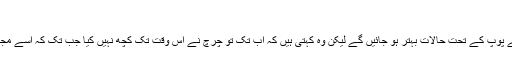
‘‘
انہیں امید ہے کہ نئے پوپ کے تحت حالات بہتر ہو جائیں گے لیکن وہ کہتی ہیں کہ اب تک تو چرچ نے اس وقت تک کچھ نہیں کیا جب تک کہ اسے مجبور نہ کر دیا گیا ہو۔